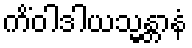
ကိံဝါဒါယသ္မန္တာနံ